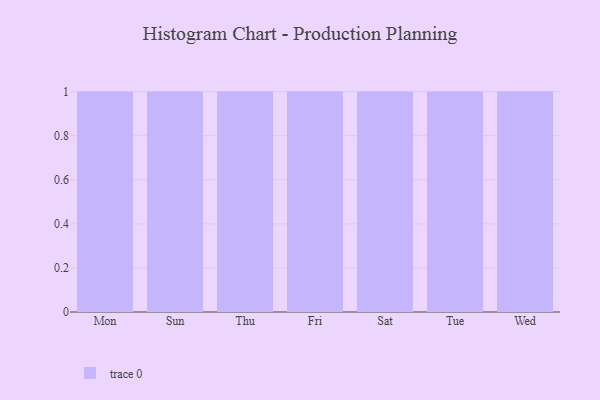
{"axis": {"x": "Day", "y": "Churn Rate (%)"}, "legend": [""], "data": [{"x": "Mon", "y": 25, "type": ""}, {"x": "Sun", "y": 77, "type": ""}, {"x": "Thu", "y": 17, "type": ""}, {"x": "Fri", "y": 19, "type": ""}, {"x": "Sat", "y": 90, "type": ""}, {"x": "Tue", "y": 19, "type": ""}, {"x": "Wed", "y": 86, "type": ""}]}